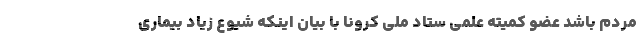
مردم باشد عضو کمیته علمی ستاد ملی کرونا با بیان اینکه شیوع زیاد بیماری